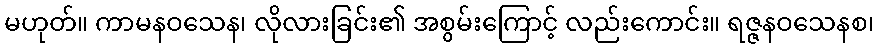
မဟုတ်။ ကာမနဝသေန၊ လိုလားခြင်း၏ အစွမ်းကြောင့် လည်းကောင်း။ ရဇ္ဇနဝသေနစ၊